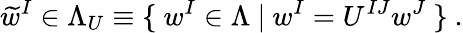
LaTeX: \widetilde{w}^{I}\in\Lambda_{U}\equiv\{ \ w^{I}\in\Lambda\ |\ w^{I}=U^{IJ}w^{J}\ \} \ .